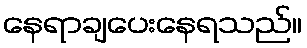
နေရာချပေးနေရသည်။